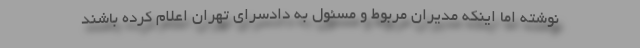
نوشته اما اینکه مدیران مربوط و مسئول به دادسرای تهران اعلام کرده باشند